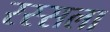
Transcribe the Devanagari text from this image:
रस्सला